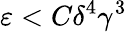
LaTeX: \varepsilon<C\delta^{4}\gamma^{3}